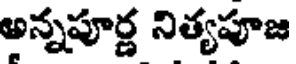
అన్నపూర్ణ నిత్యపూజ